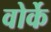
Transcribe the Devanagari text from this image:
वोर्के